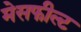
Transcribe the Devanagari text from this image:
मेसफील्ट